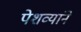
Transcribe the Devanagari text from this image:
पेशव्यांने